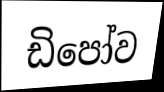
ඩිපෝව